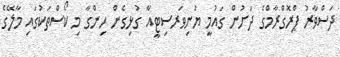
ދަސްވާރު ޕްރޮގްރާމްގެ ދަށުން ގައުމީ ޔުނިވަރސިޓީއާ ގުޅިގެން ހިންގާ މި ކޯސްތަކުގައި މާލޭގެ